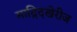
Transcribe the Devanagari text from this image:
माद्रिदखेरीज